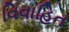
વિવાહિત